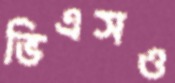
ভিএসও